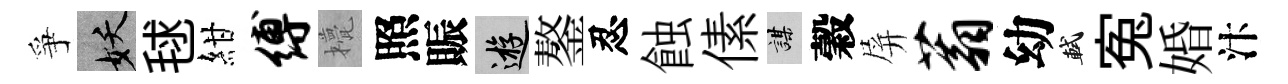
爭妖毬紺缚甍照賑游鏊忍蝕傃謀穀屏蓊幼軾寃婚汴